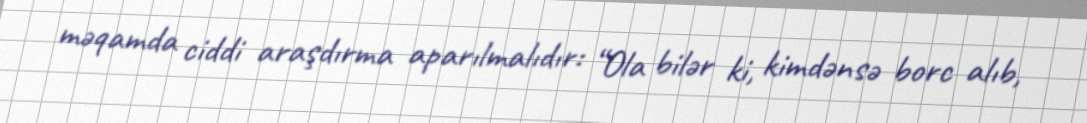
məqamda ciddi araşdırma aparılmalıdır: “Ola bilər ki, kimdənsə borc alıb,